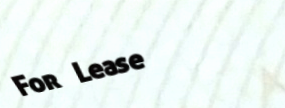
For Lease